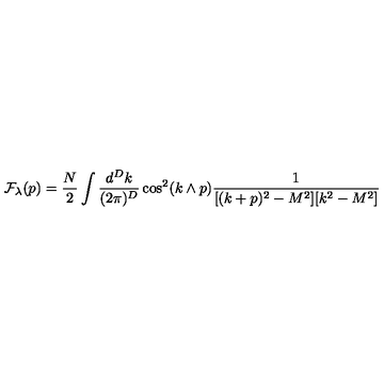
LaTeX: { \cal F } _ { \lambda } ( p ) = \frac { N } { 2 } \int \frac { d ^ { D } k } { ( 2 \pi ) ^ { D } } \cos ^ { 2 } ( k \wedge p ) \frac { 1 } { [ ( k + p ) ^ { 2 } - M ^ { 2 } ] [ k ^ { 2 } - M ^ { 2 } ] }